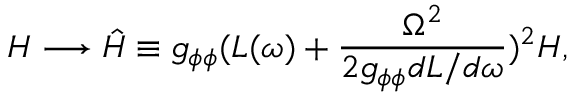
{ \cal H } \longrightarrow \hat { { \cal H } } \equiv g _ { \phi \phi } ( L ( \omega ) + \frac { \Omega ^ { 2 } } { 2 g _ { \phi \phi } d L / d \omega } ) ^ { 2 } { \cal H } ,